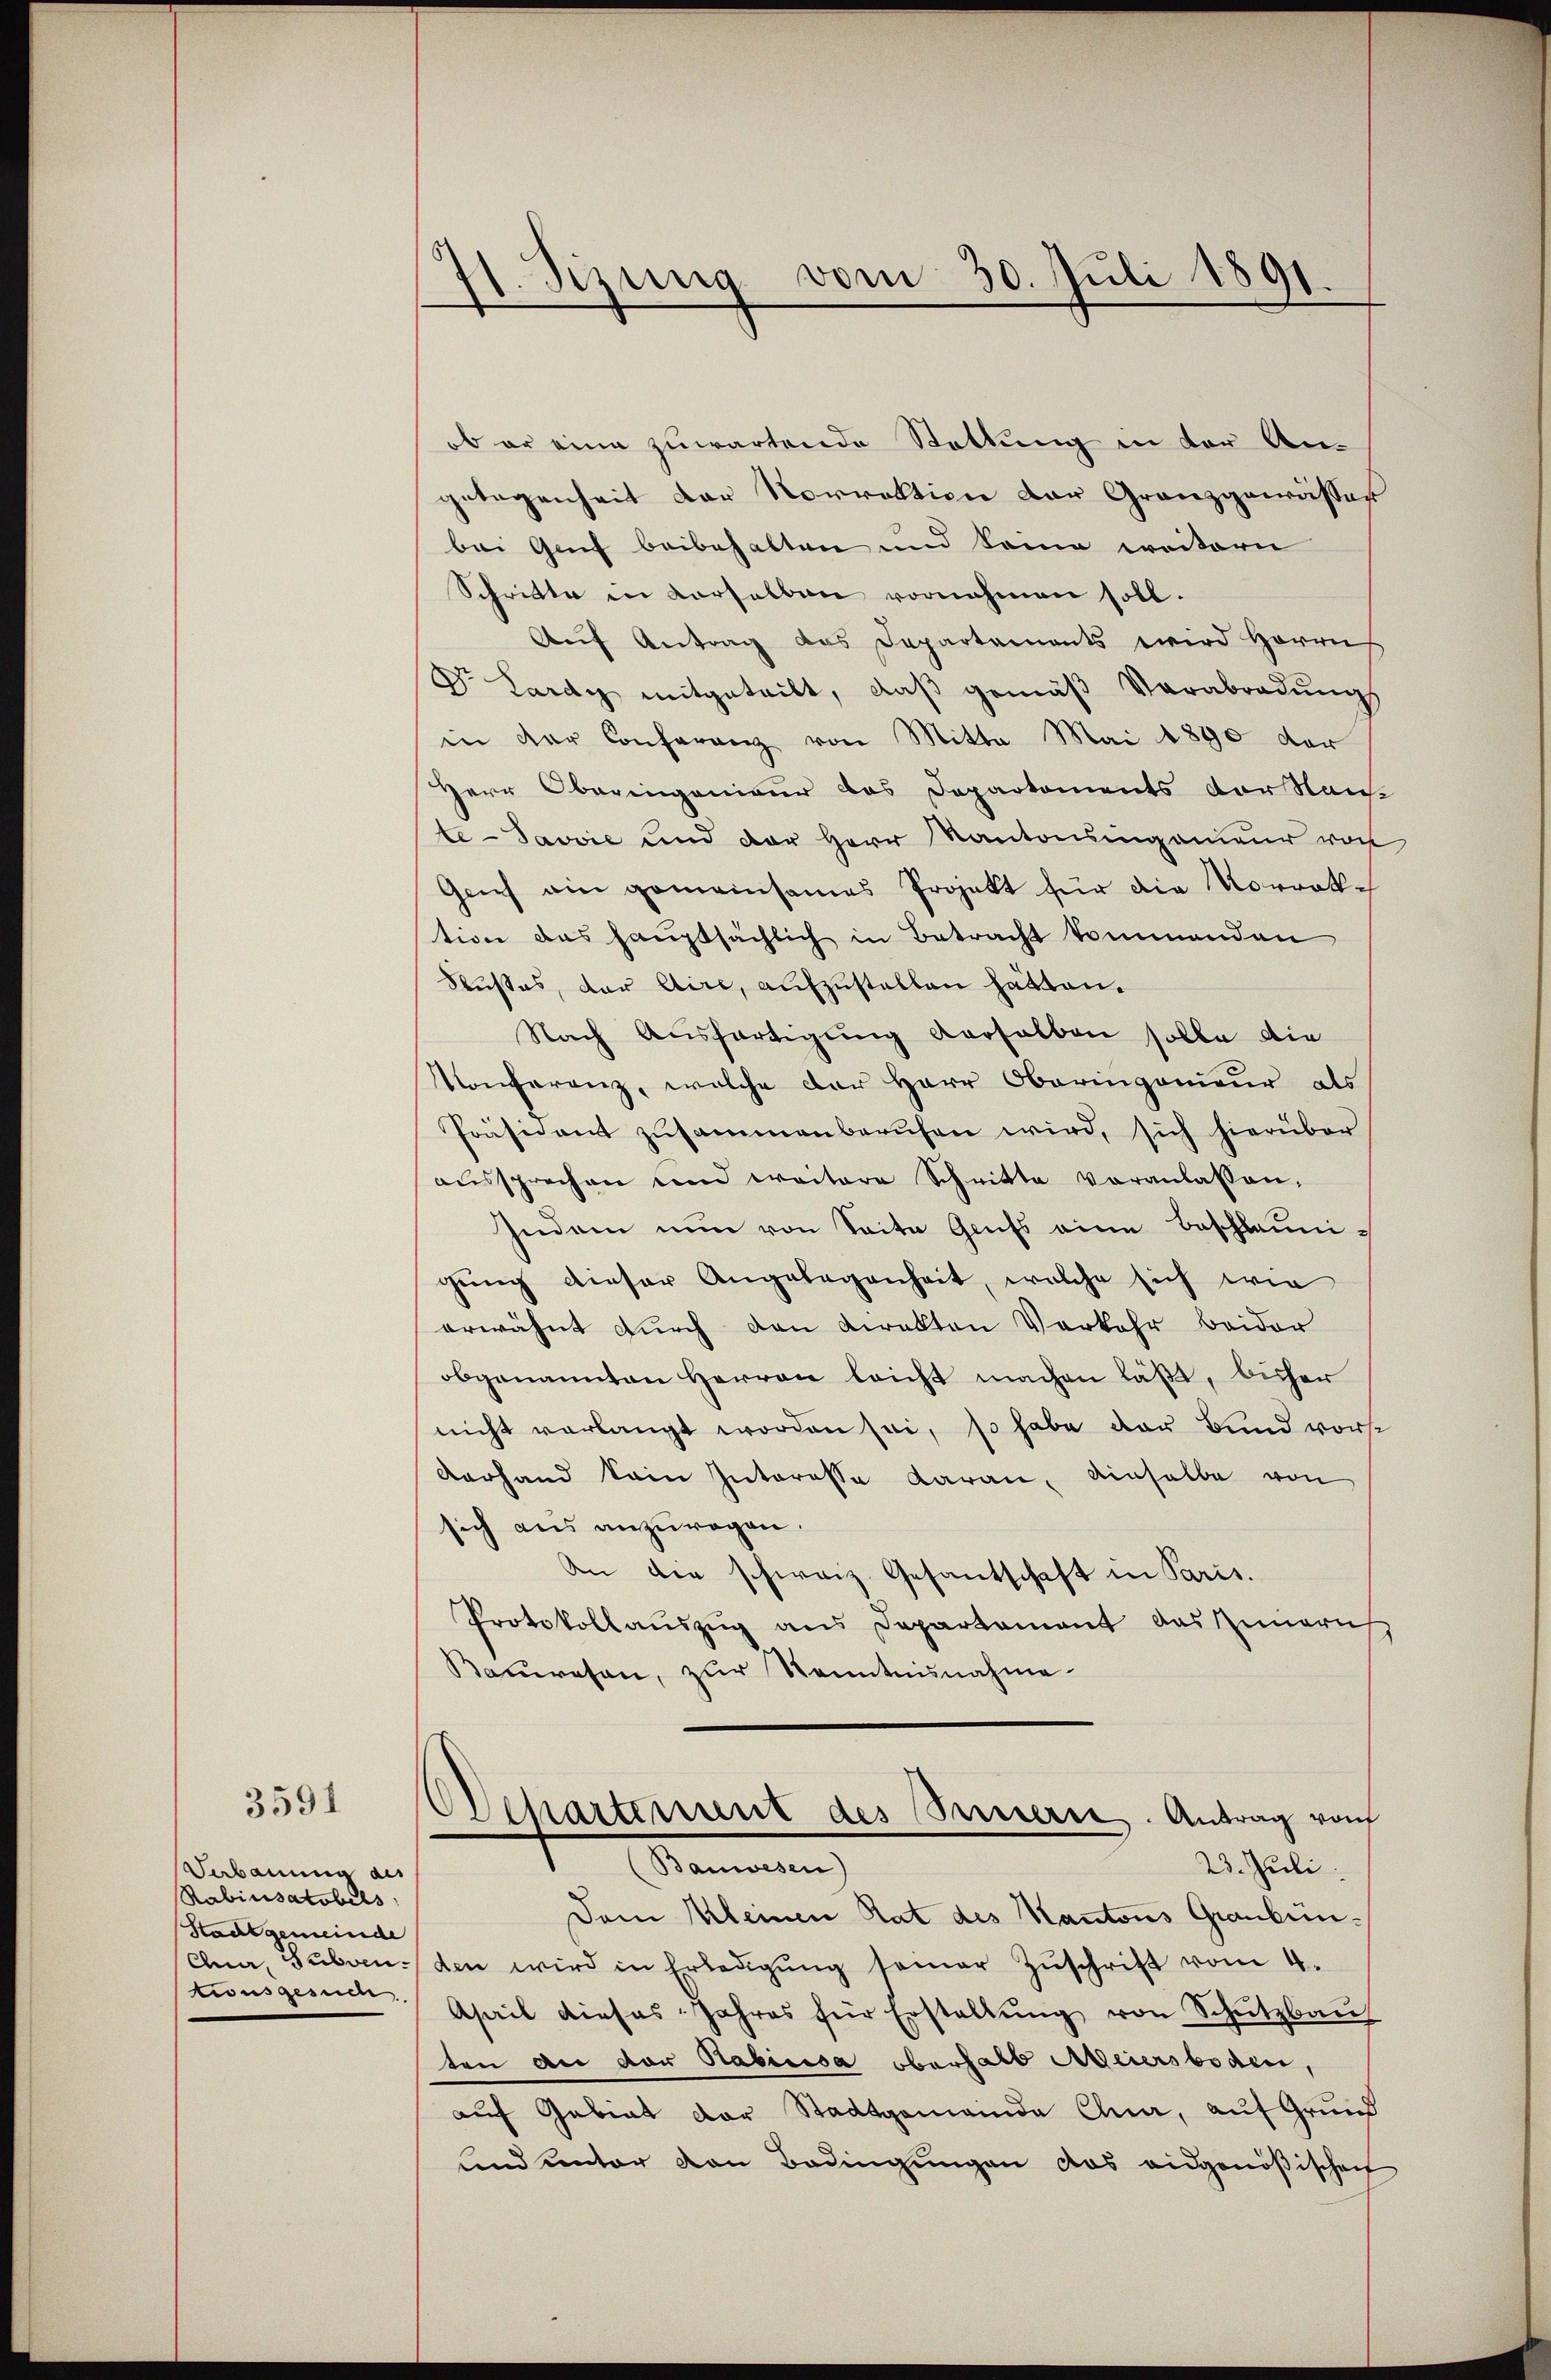
3591

Sabauung als
Rabinsatobels
Stadtgemeinde
tionsgesuch

71. Sizung vom 30. Juli 1891.

ob er eine zuwartende Stattung in der Angelegenheit der Norrektion der Granzgewässer
bei Genf beibehalten und kam weitern
Schritte in derselben vornehmen soll.
Aŭf Antrag das Departements wird Herrn
Dr. Lardy mitgeteilt, daβ gemäβ Verabradŭng
in der Conferenz von Mitte Mai 1890 der
Herr Oberingenieur das Deparkoments der Stan
teJavvić und der Herr Kantonsingenieur von
Geich ain gemeinsames Projekt für die Korrektion des haŭptsächlich in Betracht kommenden
Kustes, der Aire, aufzustellen hätten.
Nach Ausfertigung verselben solle die
Konferenz, welche der Herr Oberingenieur als
Präsident zusammenberufen wird, sich hierüber
aŭssprechen und weitere Schritte veranlassen,
Indem nun von Seite Gruss eine Beschleunigung dieser Angelegenheit, welche sich wie
erwähnt durch den Direkten Verkehr beider
obgenannten Herren leicht machen läßt, bisher
nicht verlangt worden sei, so habe der Bund vorst
Vorhand kein Interesse daran, einselbe von
sich aus anzuragen.
An die schweiz. Gesantschaft in Paris.
Protokollauszug aus Departement das Zimerus
Bauwesen, zur Kenntnisnahme

Departement des Sennern. Antrag von
Somnmengen
23. Juli.

Dem Kleinen Rat des Kantons Graubün¬
Cna, Subven den wird in Erledigŭng seiner Zŭschrift vom 4.
Aseil dieses Jahres für Erstellŭng von Schutzbaŭ
ten an der Habilisa oberhalb Meiersboden,
auf Gebiet der Stadtgemeinde Chur, auf Grund
und unter von Bedingungen das eidgenößischen